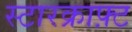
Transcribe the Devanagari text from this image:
स्टारक्राफ़्ट